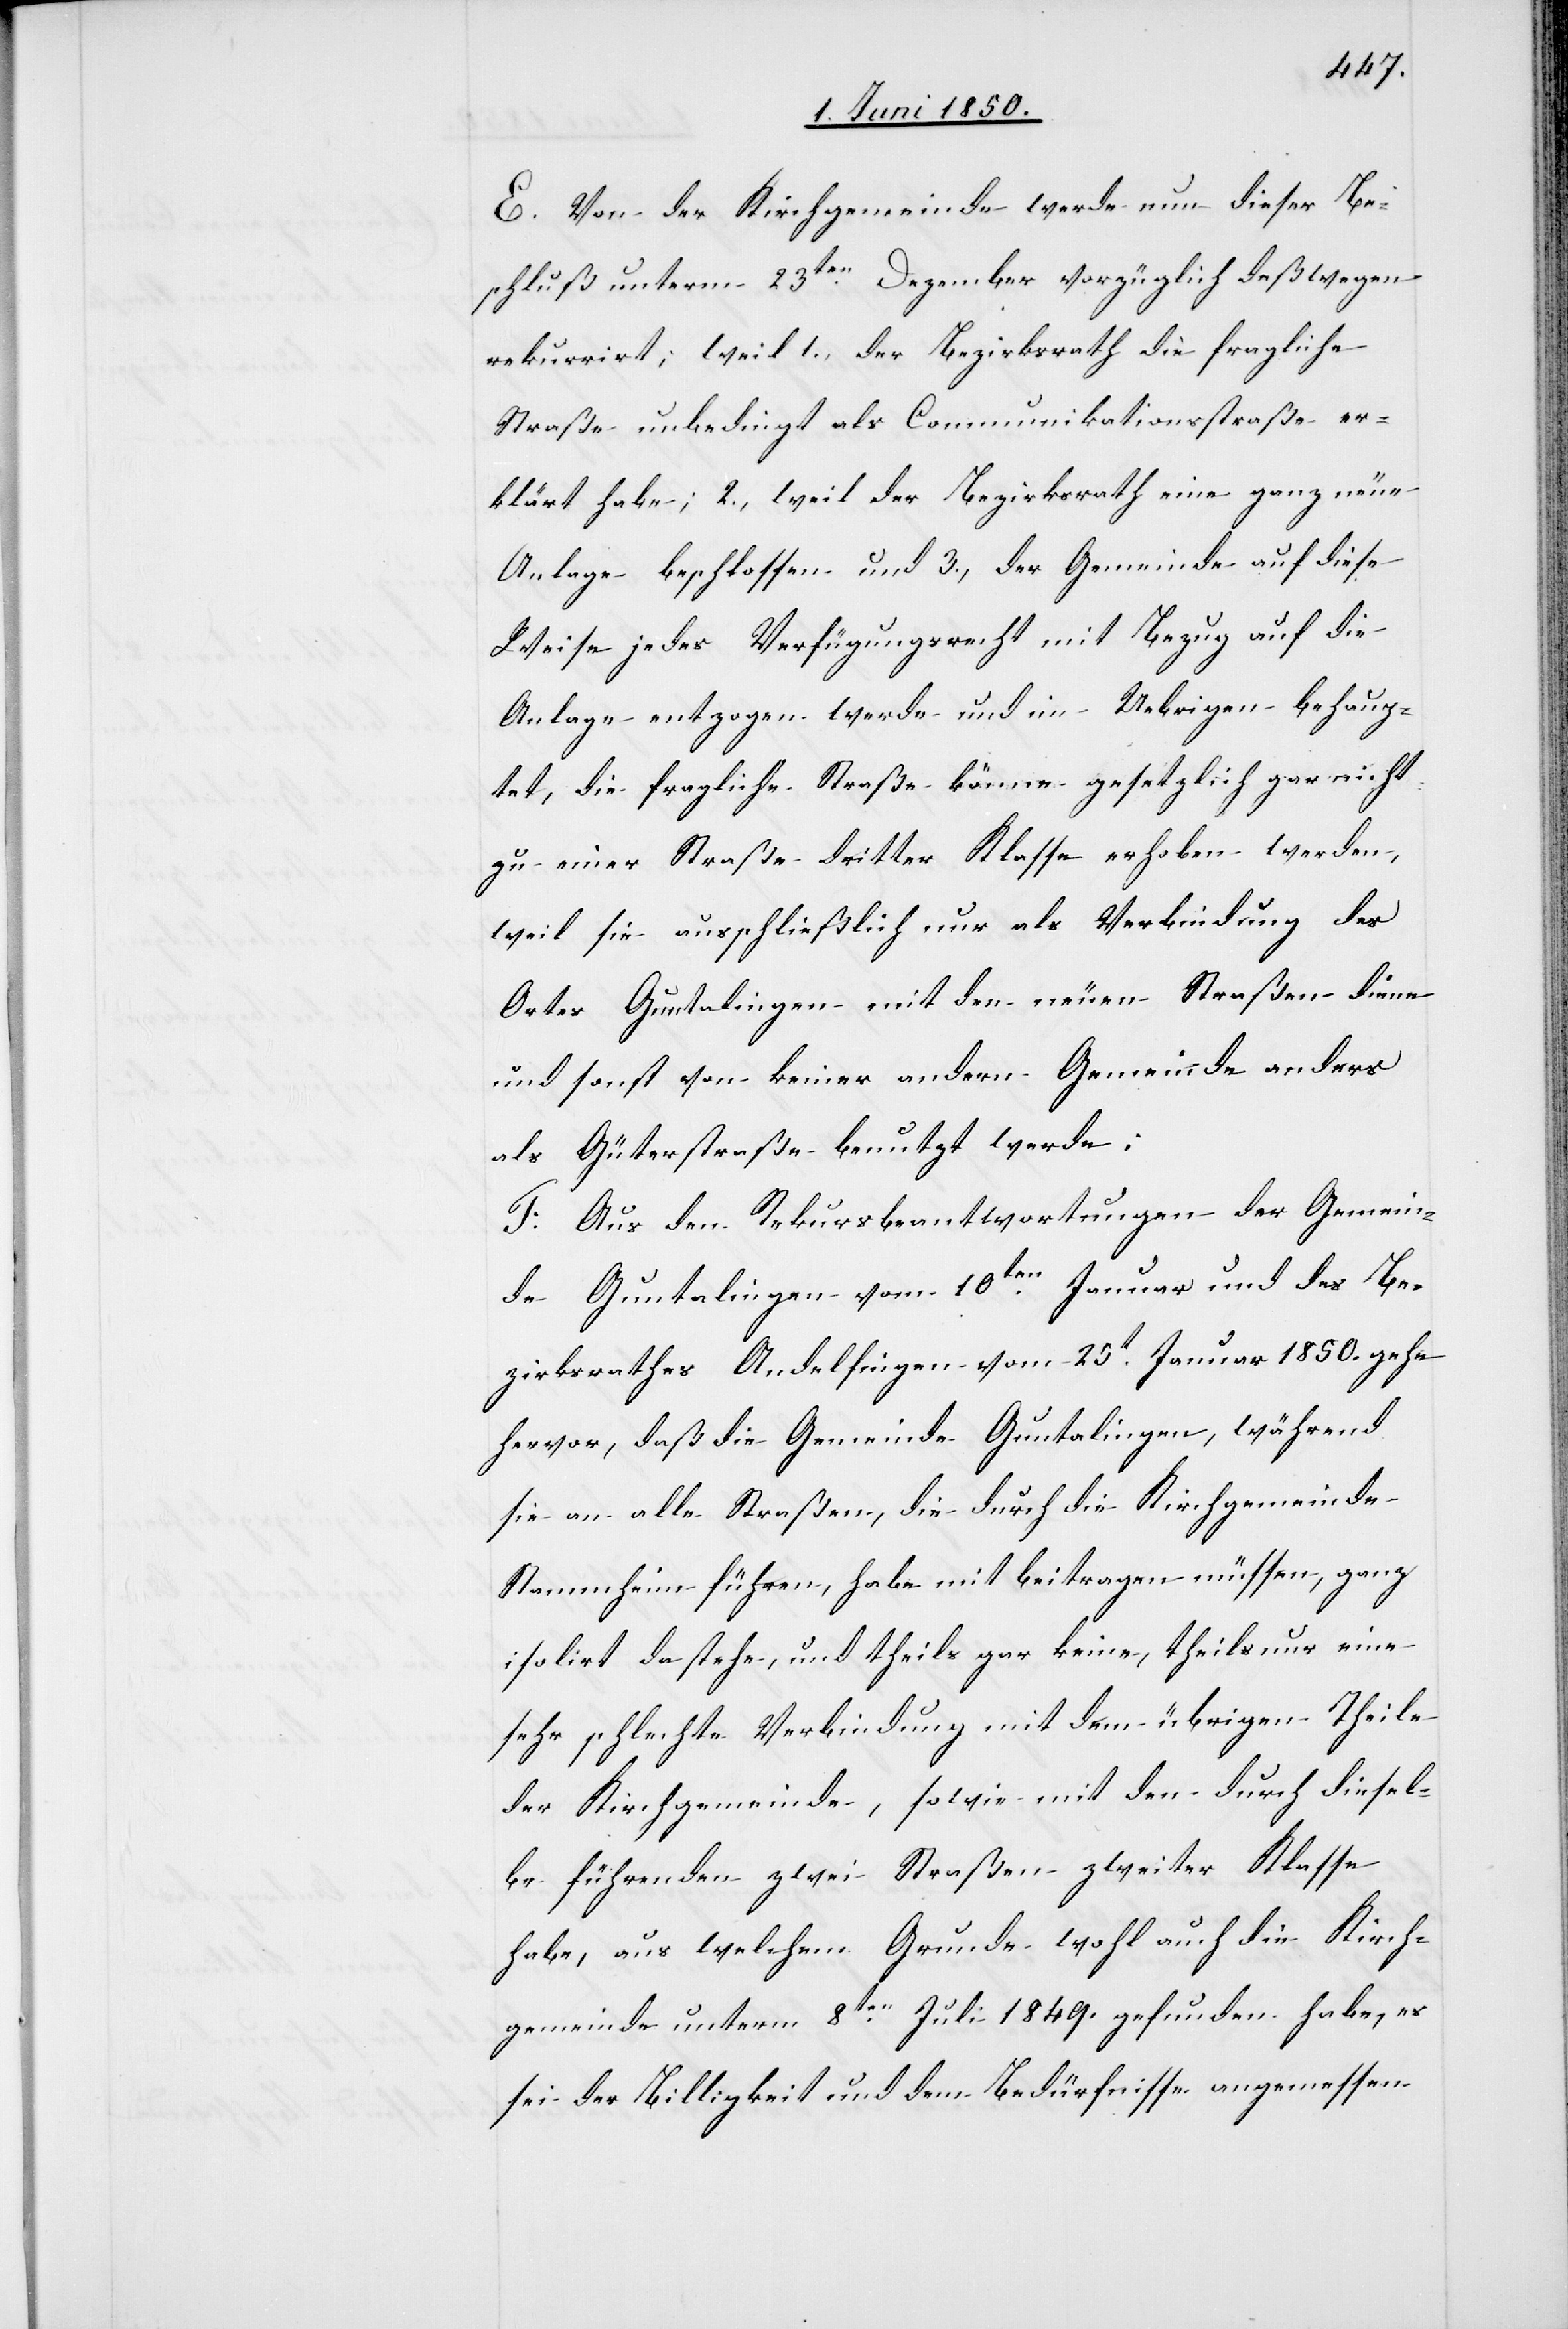
E. Von der Kirchgemeinde werde nun dieser Be¬
schluß unterm 23ten Dezember vorzüglich deßwegen
rekurrirt; weil 1., der Bezirksrath die fragliche
Straße unbedingt als Communikationsstraße er¬
klärt habe; 2., weil der Bezirksrath eine ganz neue
Anlage beschlossen und 3., der Gemeinde auf diese
Weise jedes Verfügungsrecht mit Bezug auf die
Anlage entzogen werde und im Uebrigen behaup¬
tet, die fragliche Straße könne gesetzlich gar nicht
zu einer Straße dritter Klasse erhoben werden,
weil sie ausschließlich nur als Verbindung des
Ortes Guntalingen mit den neuen Straßen diene
und sonst von keiner andern Gemeinde anders
als Güterstraße benutzt werde;
F. Aus den Rekursbeantwortungen der Gemein¬
de Guntalingen vom 10ten Januar und des Be¬
zirksrathes Andelfingen vom 25t Januar 1850. gehe
hervor, daß die Gemeinde Guntalingen, während
sie an alle Straßen, die durch die Kirchgemeinde
Stammheim führen, habe mit beitragen müssen, ganz
isolirt dastehe, und theils gar keine, theils nur eine
sehr schlechte Verbindung mit dem übrigen Theile
der Kirchgemeinde, sowie mit den durch diesel¬
be führenden zwei Straßen zweiter Klasse
habe, aus welchem Grunde wohl auch die Kirch¬
gemeinde unterm 8ten Juli 1849. gefunden habe, es
sei der Billigkeit und dem Bedürfnisse angemessen